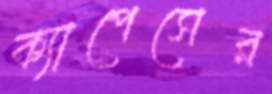
ক্যাপেসের